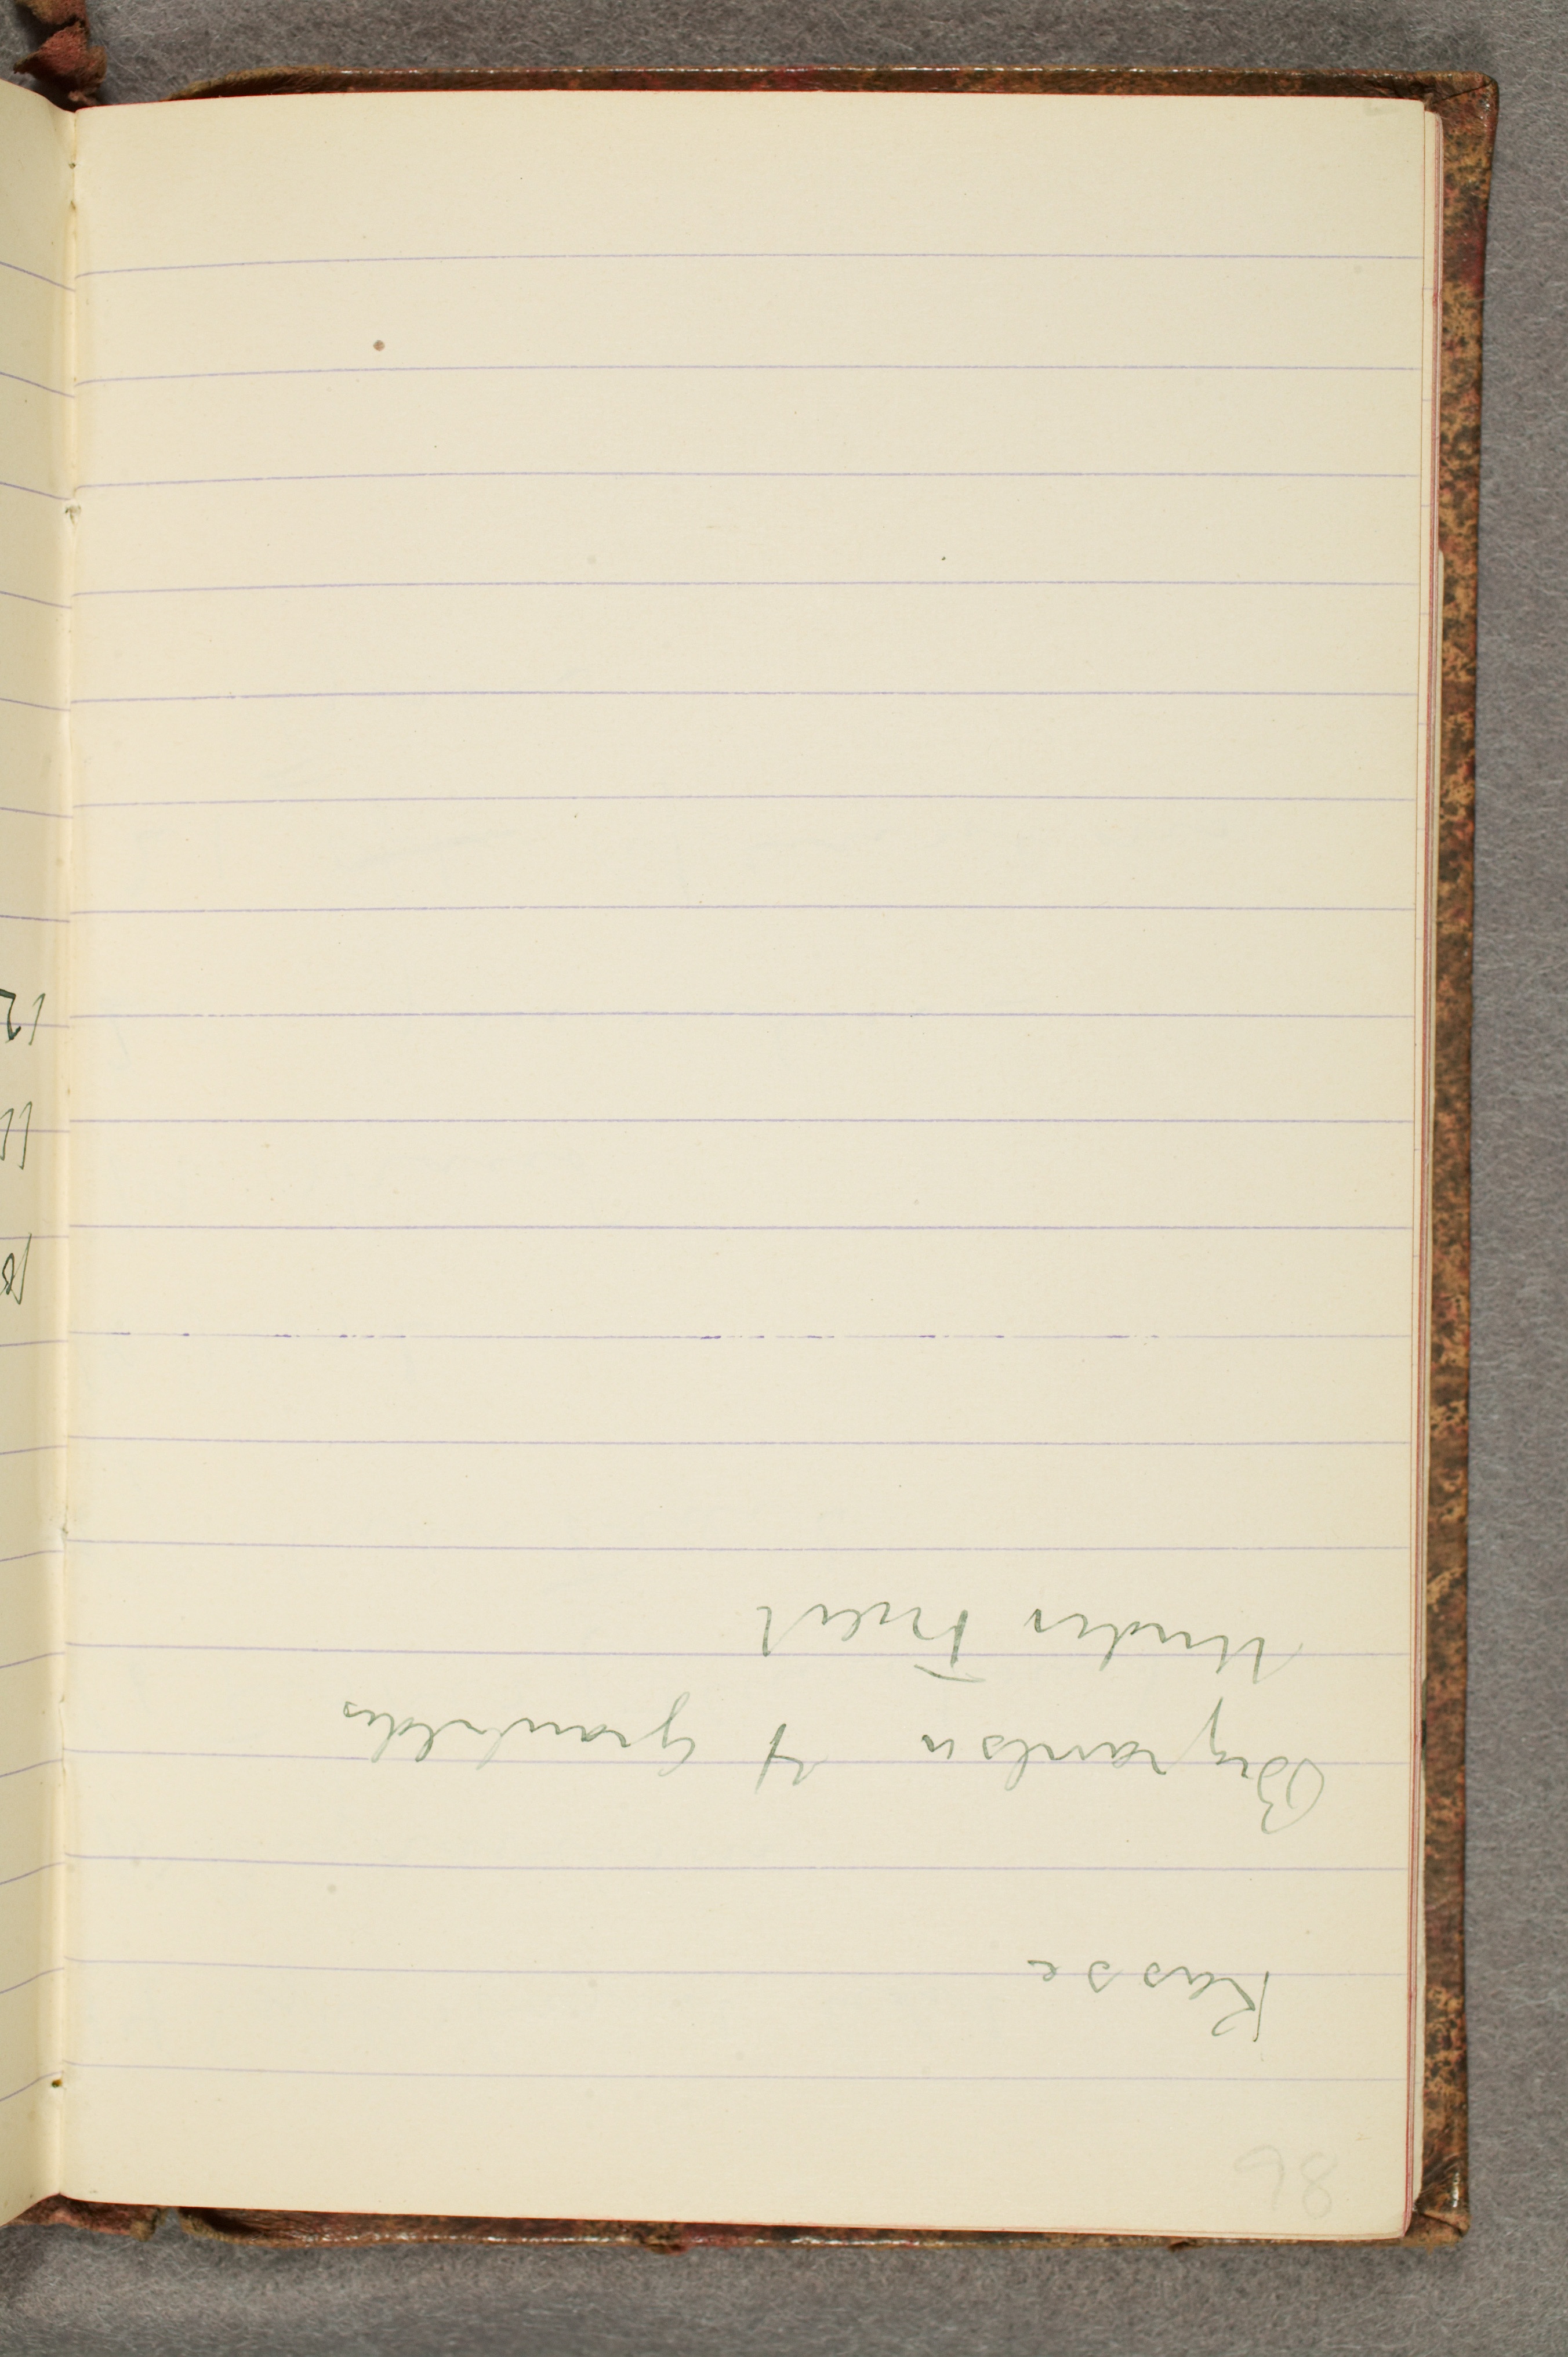
Kasse
Begravelsen 4 Granbilder
Under Træet